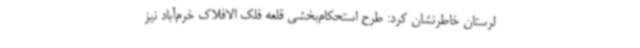
لرستان خاطرنشان کرد: طرح استحکام‌بخشی قلعه فلک الافلاک خرم‌آباد نیز